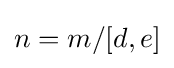
n=m/[d,e]